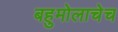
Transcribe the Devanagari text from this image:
बहुमोलाचेच